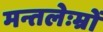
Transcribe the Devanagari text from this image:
मन्तलेःम्रों